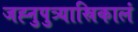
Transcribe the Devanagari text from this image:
जह्नुपुत्र्यास्रिकालं